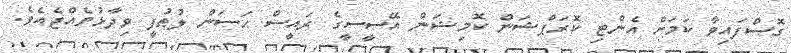
ގޮސްފައިވާ ކަމަށް އެންޓި ކޮރަޕްޝަން ކޮމިޝަން އޭސީސީގެ ރައީސް ޙަސަން ލުޠުފީ ވިދާޅުވެއްޖެއެވެ.